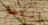
انتهوا